Annual statistical returns and brief notes on vaccination in Bengal - 1909-1929
Year: 1909
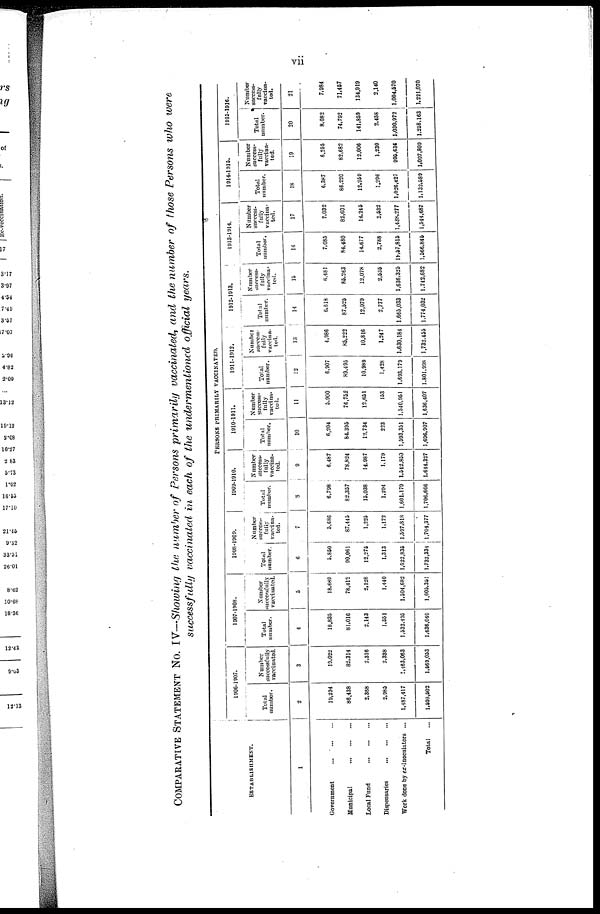
vii
COMPARATIVE STATEMENT NO. IV—Showing the number of Persons primarily vaccinated, and the number of those Persons who were
successfully vaccinated in each of the undermentioned official years.
ESTABLISHMENT.
1
Government
...
...
...
Municipal ... ... ...
Local Fund
...
...
...
Dispensaries
...
...
...
Work done by ex-Inoculators ...
Total
...
PERSONS PRIMARILY VACCINATED.
1906-1907.
Total
number.
2
10,294
86,438
2,368
2,083
1,487,417
1,598,502
Number
successfully
vaccinated.
3
19,022
82,314
2,316
2,338
1,463,063
1,560,053
1907-1908.
Total
number.
4
18,835
81,016
2,143
1,551
1,532,495
1,636,040
Number
successfully
vaccinated.
5
18,680
78,412
2,128
1,440
1,504,682
1,605,351
1908-1909.
Total
number.
6
5,850
90,061
12,275
1,313
1,622,835
1,732,334
Number
success-
fully
vaccinated.
7
5,686
87,445
1,225
1,172
1,507,818
1,704,377
1909-1910.
Total
number.
8
6,798
82,357
15,038
1,294
1,601,179
1,706,666
Number
success-
fully
vaccina-
ted.
9
6,487
78,824
14,987
1,179
1,542,850
1,644,327
1910-1911.
Total
number.
10
6,204
84,305
12,734
223
1,593,351
1,696,907
Number
success-
fully
vaccina-
ted.
11
5,900
76,752
12,651
153
1,540,951
1,636,407
1911-1912.
Total
number.
12
6,907
89,495
10,989
1,428
1,693,179
1,801,998
Number
success-
fully
vaccina-
ted.
13
4,086
85,222
10,816
1,247
1,630,184
1,732,455
1912-1913.
Total
number.
14
6,618
87,525
12,079
2,777
1,665,033
1,774,032
Number
success-
fully
vaccina-
ted.
15
6,481
86,263
12,078
2,535
1,636,325
1,742,682
1913-1914.
Total
number.
16
7,085
84,480
14,677
2,788
14,57,815
1,566,845
Number
success-
fully
vaccina-
ted.
17
7,032
82,601
14,245
2,532
1,438,277
1,544,687
1914-1915.
Total
number.
18
6,387
86,220
12,259
1,296
1,026,427
1,132,580
Number
success-
fully
vaccina-
ted.
19
6,255
82,682
12,006
1,230
995,636
1,097,809
1915-1916.
Total
number.
20
8,082
74,792
141,869
2,458
1,030,972
1,258,163
Number
success-
fully
vaccina-
ted.
21
7,984
71,457
134,919
2,140
1,004,570
1,221,070